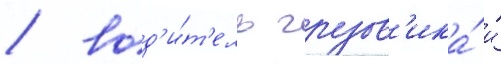
/ вод'и́т'ель грузов'ика́ и́